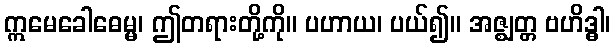
ဣမေခေါဓေမ္မ၊ ဤတရားတို့ကို။ ပဟာယ၊ ပယ်၍။ အဇ္ဈတ္တ ဗဟိဒ္ဓါ၊